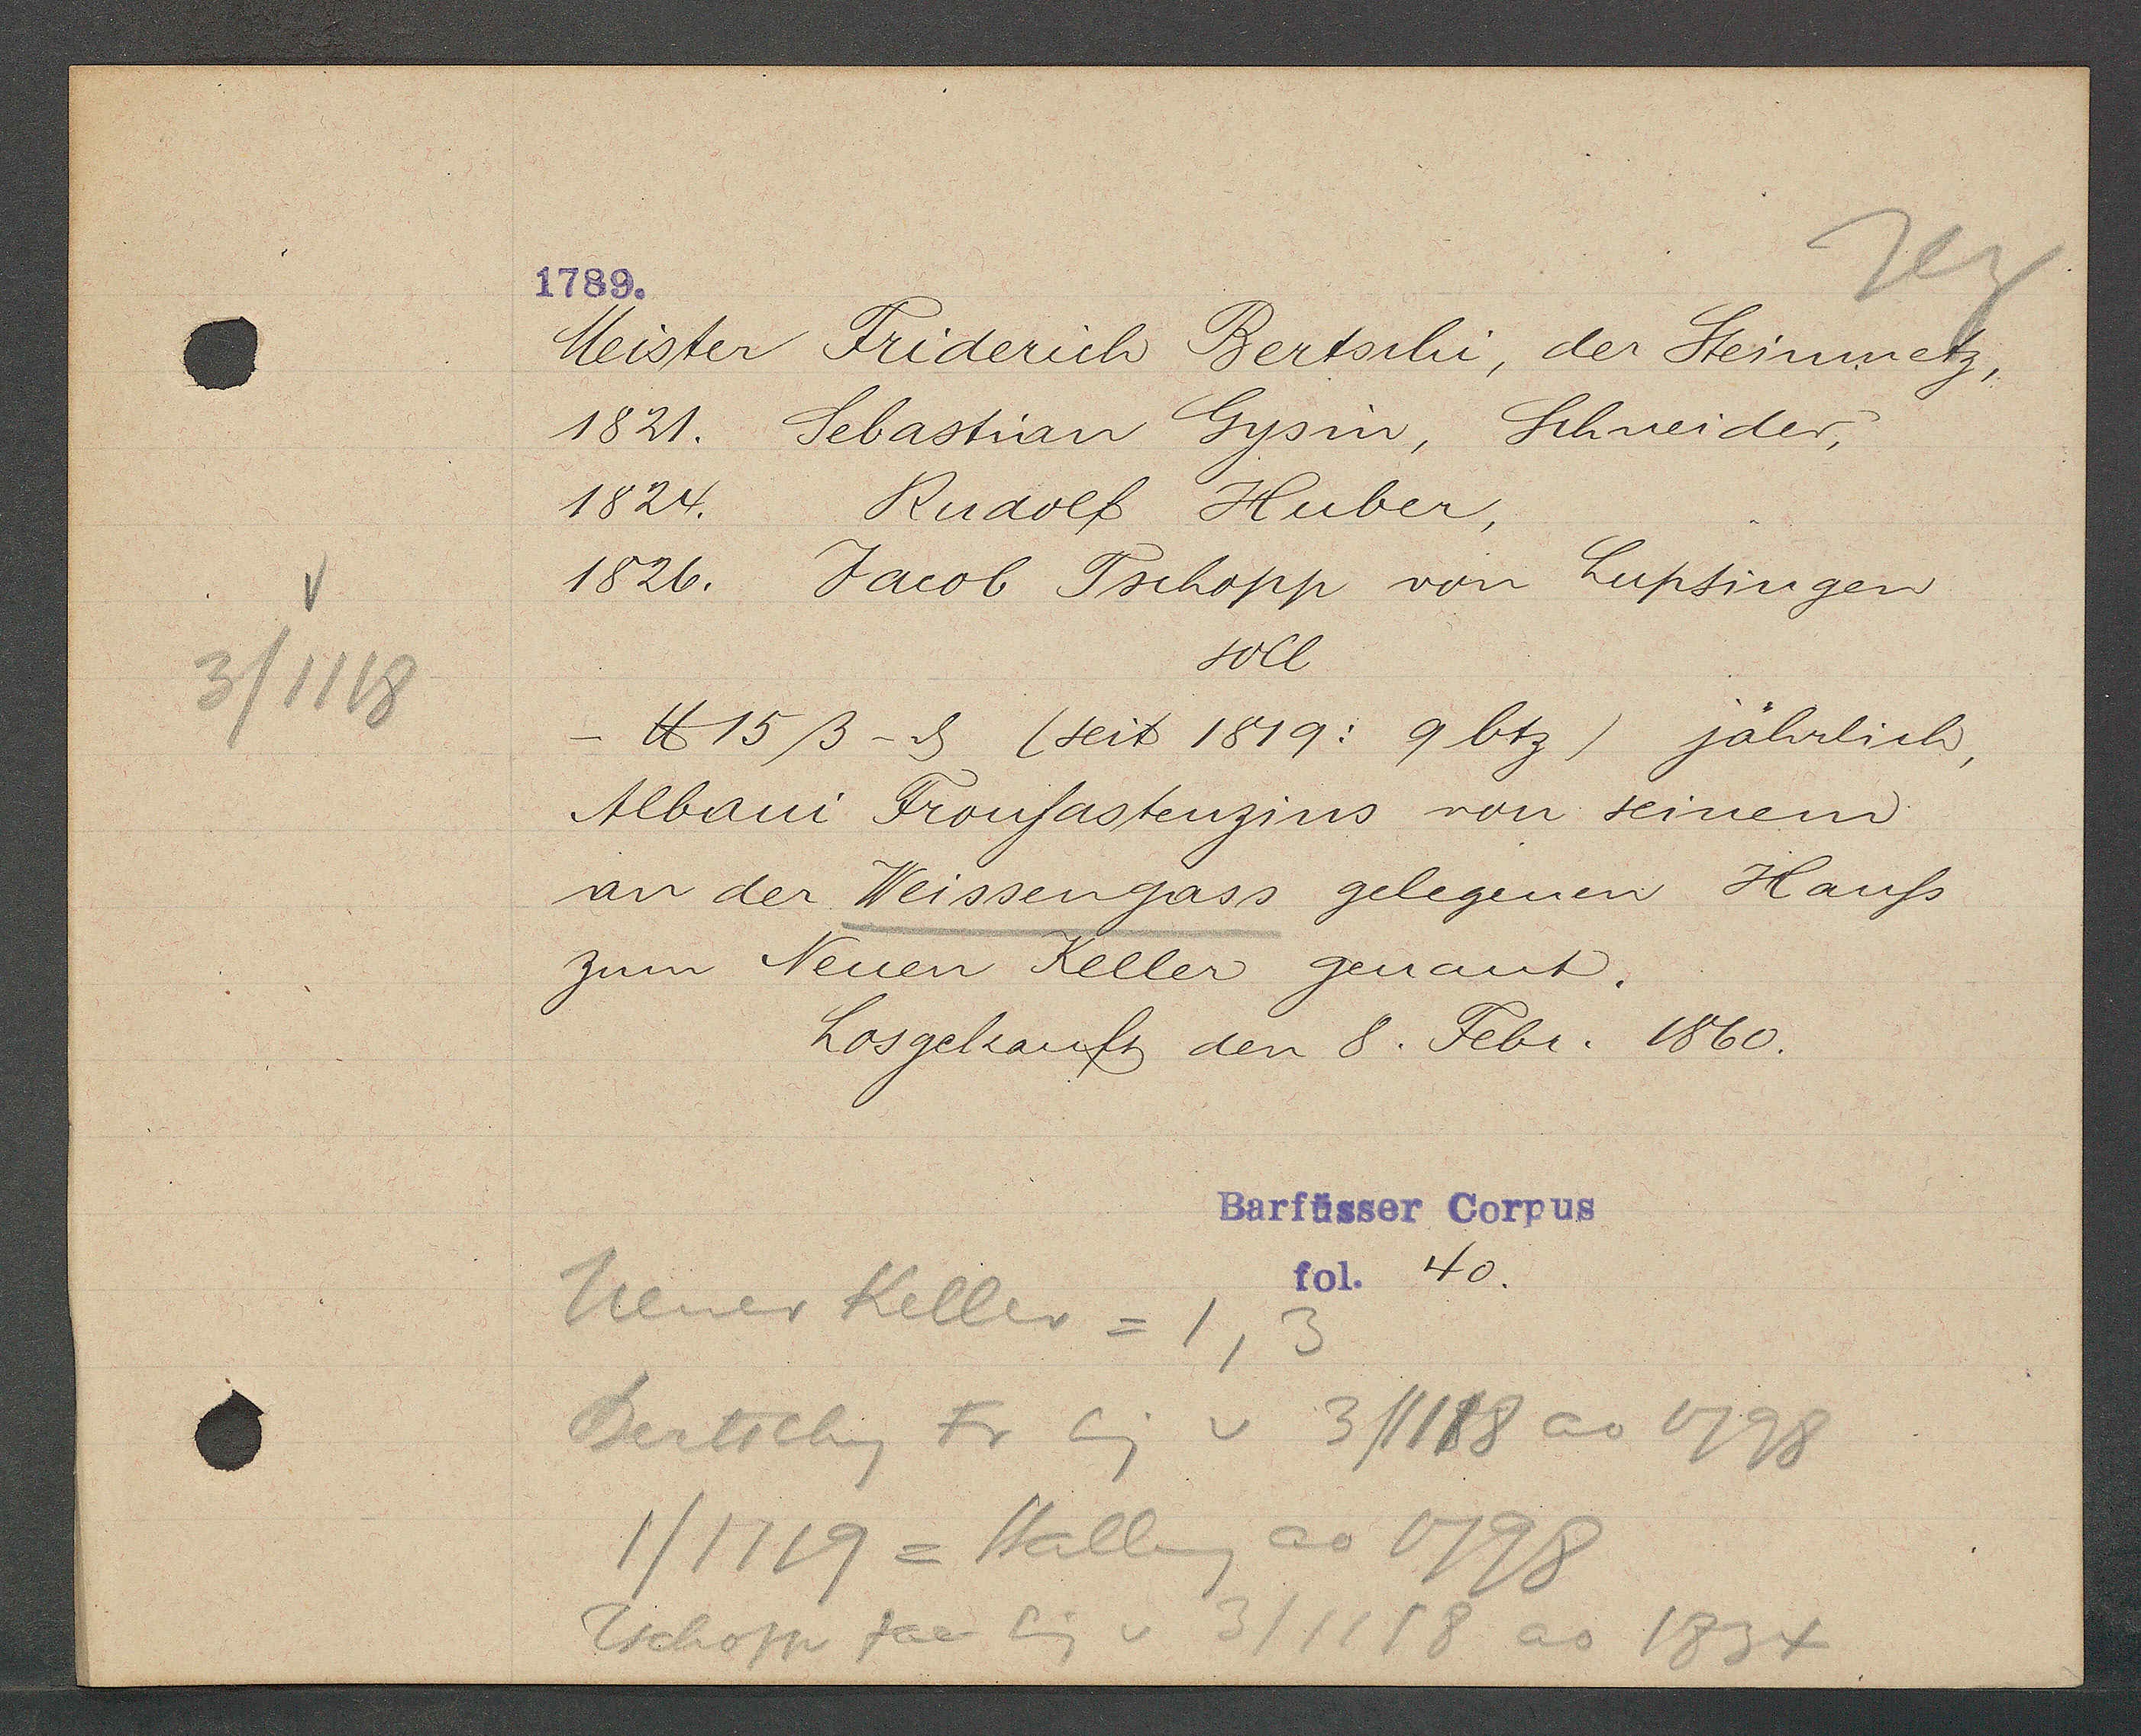
Transcript:
3/1118

1789.

Meister Friderich Bertschi, der Steinmetz,
1821. Sebastian Gysin, Schneider,
1824.
Rudolf Huber,
1826. Jacob Tschopp von Lupsingen
soll
- ℔ 15ß - ȡ (seit 1819: 9 btz) jährlich,
Albani Fronfastenzins von seinem
an der Weissengass gelegenen Hauss
zum Neuen Keller genant.
Losgekauft den 8. Febr. 1860.

Barfüsser Corpus
fol. 40.

Neuer Keller = 1, 3
Bertschy Fr Eig v 3/1118 ao 1798
1/1119 = Stallung ao 1798
Tschopp Jac Eig v 3/1118 ao 1834